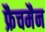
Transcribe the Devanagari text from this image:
फ्रैचमैन